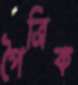
পৈত্রিক